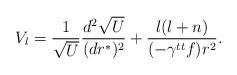
LaTeX: \begin{align*}V_l = {1\over \sqrt{U}} {d^2 \sqrt{U}\over (dr^*)^2}+{l(l+n)\over (-\gamma^{tt} f) r^2}.\end{align*}